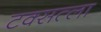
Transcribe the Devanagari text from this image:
टक्सत्ला